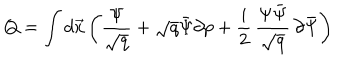
LaTeX: Q = \int d \vec { x } \left( \frac { \Psi } { \sqrt { q } } + \sqrt { q } \bar { \Psi } \partial p + \frac { i } { 2 } \, \frac { \Psi \bar { \Psi } } { \sqrt { q } } \, \partial \bar { \Psi } \right)